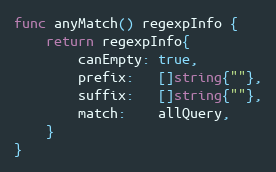
Language: Go
func anyMatch() regexpInfo {
	return regexpInfo{
		canEmpty: true,
		prefix:   []string{""},
		suffix:   []string{""},
		match:    allQuery,
	}
}